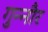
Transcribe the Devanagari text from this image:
गुन्‍नौर